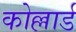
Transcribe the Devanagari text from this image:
कोल्लार्ड